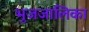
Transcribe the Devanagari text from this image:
भुजजालिका